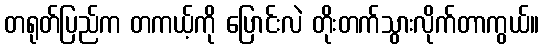
တရုတ်ပြည်က တကယ့်ကို ပြောင်းလဲ တိုးတက်သွားလိုက်တာကွယ်။